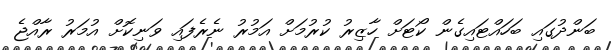
ބަންދުގައި ބަހައްޓައިގެން ކޯޓަށް ހާޒިރު ކުރުމަށް އަމުރު ނެރެފައި ވަނިކޮށް އުމަރު ރާއްޖެ